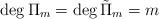
LaTeX: \begin{align*}\deg \Pi_{m} = \deg {\tilde{\Pi}}_{m} = m\end{align*}